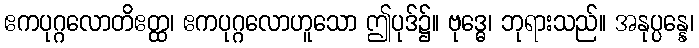
ဧကပုဂ္ဂလောတိဧတ္ထ၊ ဧကပုဂ္ဂလောဟူသော ဤပုဒ်၌။ ဗုဒ္ဓေ၊ ဘုရားသည်။ အနုပ္ပန္နေ၊